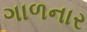
ગાળનાર